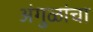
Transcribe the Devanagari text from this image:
अंगुळांचा